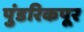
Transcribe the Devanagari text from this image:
पुंडरिकपूर